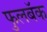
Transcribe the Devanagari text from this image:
फुलबॅक